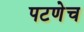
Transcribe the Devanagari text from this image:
पटणेच